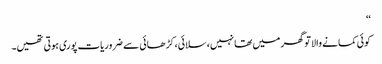
‘‘
کوئی کمانے والا تو گھر میں تھا نہیں، سلائی، کڑھائی سے ضروریات پوری ہوتی تھیں۔